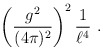
\begin{align*}\left({g^2\over (4\pi)^2}\right)^2 {1\over \ell^4}\ .\end{align*}